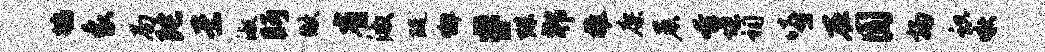
鸪象局陀素淑眄做省激醍懈#殊郫推廖晨奔堞祠嘻在圆扬识啾